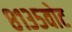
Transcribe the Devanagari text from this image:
८१३५वोट